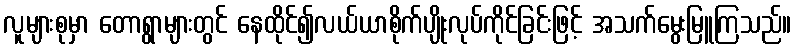
လူများစုမှာ တောရွာများတွင် နေထိုင်၍လယ်ယာစိုက်ပျိုးလုပ်ကိုင်ခြင်းဖြင့် အသက်မွေးမြူကြသည်။